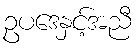
ဥပဒေနှင့်အညီ